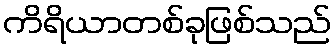
ကိရိယာတစ်ခုဖြစ်သည်